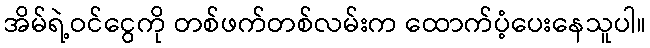
အိမ်ရဲ့ဝင်ငွေကို တစ်ဖက်တစ်လမ်းက ထောက်ပံ့ပေးနေသူပါ။